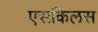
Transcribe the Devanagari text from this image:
एसकिलस